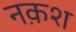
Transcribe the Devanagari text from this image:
नक़श